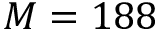
M = 1 8 8